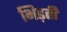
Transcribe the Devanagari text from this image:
भिड़ती